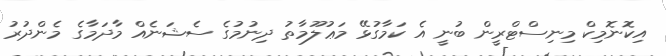
އިކޮނޮމިކް މިނިސްޓްރީން ބުނީ އެ ކަމާގުޅޭ މަޢުލޫމާތު ދިނުމުގެ ސެޝަނެއް މާދަމާގެ މެންދުރު